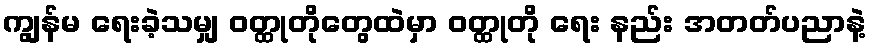
ကျွန်မ ရေးခဲ့သမျှ ဝတ္ထုတိုတွေထဲမှာ ဝတ္ထုတို ရေး နည်း အတတ်ပညာနဲ့